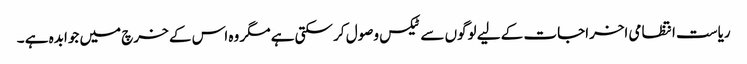
ریاست انتظامی اخراجات کے لیے لوگوں سے ٹیکس وصول کر سکتی ہے مگر وہ اس کے خرچ میں جوابدہ ہے ۔